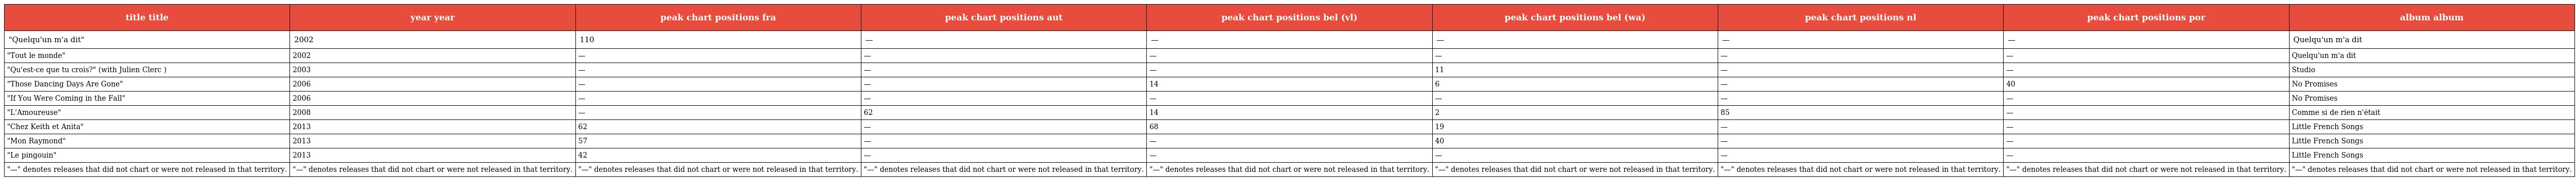
| title title | year year | peak chart positions fra | peak chart positions aut | peak chart positions bel (vl) | peak chart positions bel (wa) | peak chart positions nl | peak chart positions por | album album |
 | --- | --- | --- | --- | --- | --- | --- | --- | --- |
 | "Quelqu'un m'a dit" | 2002 | 110 | — | — | — | — | — | Quelqu'un m'a dit |
 | "Tout le monde" | 2002 | — | — | — | — | — | — | Quelqu'un m'a dit |
 | "Qu'est-ce que tu crois?" (with Julien Clerc ) | 2003 | — | — | — | 11 | — | — | Studio |
 | "Those Dancing Days Are Gone" | 2006 | — | — | 14 | 6 | — | 40 | No Promises |
 | "If You Were Coming in the Fall" | 2006 | — | — | — | — | — | — | No Promises |
 | "L'Amoureuse" | 2008 | — | 62 | 14 | 2 | 85 | — | Comme si de rien n'était |
 | "Chez Keith et Anita" | 2013 | 62 | — | 68 | 19 | — | — | Little French Songs |
 | "Mon Raymond" | 2013 | 57 | — | — | 40 | — | — | Little French Songs |
 | "Le pingouin" | 2013 | 42 | — | — | — | — | — | Little French Songs |
 | "—" denotes releases that did not chart or were not released in that territory. | "—" denotes releases that did not chart or were not released in that territory. | "—" denotes releases that did not chart or were not released in that territory. | "—" denotes releases that did not chart or were not released in that territory. | "—" denotes releases that did not chart or were not released in that territory. | "—" denotes releases that did not chart or were not released in that territory. | "—" denotes releases that did not chart or were not released in that territory. | "—" denotes releases that did not chart or were not released in that territory. | "—" denotes releases that did not chart or were not released in that territory. |